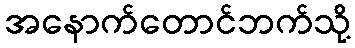
အနောက်တောင်ဘက်သို့